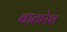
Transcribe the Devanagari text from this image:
बातारेश